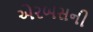
એરબસની